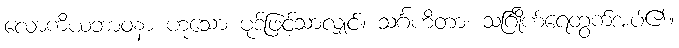
လောကိယဘာဝနာ ဟူသော ပုဒ်ဖြင့်သာလျှင်။ သင်္ဂဟိတာ၊ သင်္ဂြိုဟ်ရေတွက်အပ်၏။